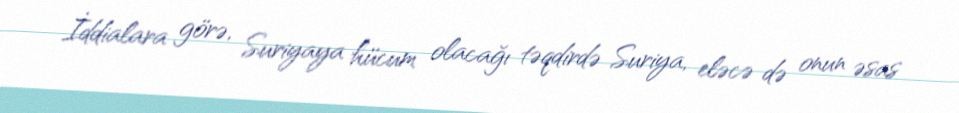
İddialara görə, Suriyaya hücum olacağı təqdirdə Suriya, eləcə də onun əsas